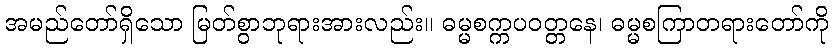
အမည်တော်ရှိသော မြတ်စွာဘုရားအားလည်း။ ဓမ္မစက္ကပဝတ္တနေ၊ ဓမ္မစကြာတရားတော်ကို